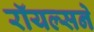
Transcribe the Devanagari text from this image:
रॉयल्सने